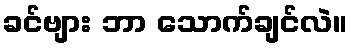
ခင်ဗျား ဘာ သောက်ချင်လဲ။